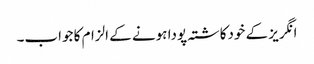
انگریز کے خودکاشتہ پودا ہونے کے الزام کا جواب۔